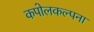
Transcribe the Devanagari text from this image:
कपोलकल्पना